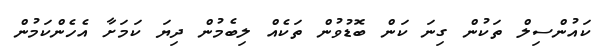
ކައުންސިލް ތަކުން ގިނަ ކަން ބޮޑުވުން ތަކެއް ލިބެމުން ދިޔަ ކަމަށާ އެހެންކަމުން